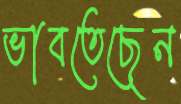
ভাবতেছেন